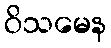
ဝိသမေန